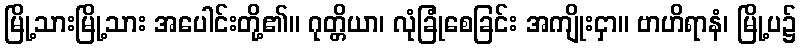
မြို့သားမြို့သား အပေါင်းတို့၏။ ဂုတ္တိယာ၊ လုံခြုံစေခြင်း အကျိုးငှာ။ ဗာဟိရာနံ၊ မြို့ပ၌